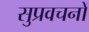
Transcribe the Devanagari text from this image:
सुप्रवचनों